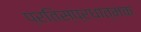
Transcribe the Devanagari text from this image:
प्रतिस्प्रधात्मक